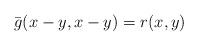
LaTeX: \begin{align*} \bar{g}(x-y,x-y)=r(x,y) \end{align*}